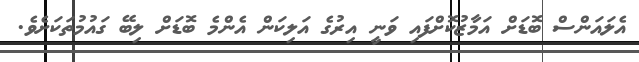
އެލައަންސް ބޮޑަށް އަމާޒުކޮށްފައި ވަނީ އިރުގެ އަލިކަން އެންމެ ބޮޑަށް ލިބޭ ގައުމުތަކަށެވެ.